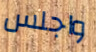
واجلس